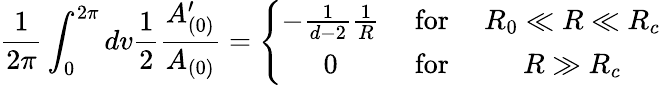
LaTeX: \frac{1}{2\pi}\int_{0}^{2\pi}dv\frac{1}{2}\frac{A_{(0)}^{\prime}}{A_{(0)}}=\left\{ \begin{array}{ccc}{{-\frac{1}{d-2}\frac{1}{R}}}&{{\mathrm{~for~}}}&{{R_{0}\ll R\ll R_{c}}}\\ {{0}}&{{\mathrm{~for~}}}&{{R\gg R_{c}}}\end{array}\right.